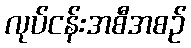
လုပ်ငန်းအစီအစဉ်